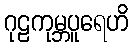
ဂုဠကုမ္ဘပူရေဟိ